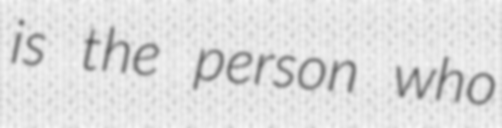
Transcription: is the person who